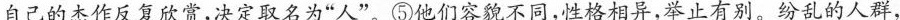
自己的杰作反复欣赏，决定取名为”人”。⑤他们容貌不同，性格相异，举止有别。纷乱的人群，